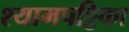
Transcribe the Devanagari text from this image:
श्यामपट्टिका